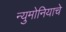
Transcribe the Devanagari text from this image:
न्युमोनियाचे